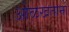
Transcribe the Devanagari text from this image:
ओळखताना